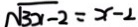
\sqrt { 3 x - 2 } = x - 2